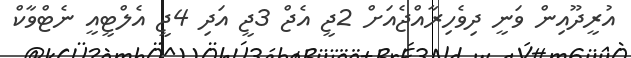
އުރީދޫއިން ވަނީ ދިވެހިރާއްޖެއަށް 2ޖީ އެޖް 3ޖީ އަދި 4ޖީ އެލްޓީއީ ނެޓްވާކް